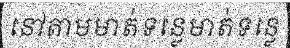
នៅតាមមាត់ទន្លេមាត់ទន្លេ